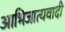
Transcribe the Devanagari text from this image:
आभिजात्यवादी